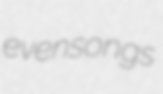
evensongs